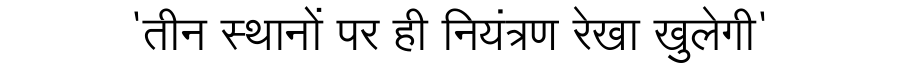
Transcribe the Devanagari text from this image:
'तीन स्थानों पर ही नियंत्रण रेखा खुलेगी'